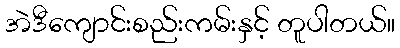
အဲဒီကျောင်းစည်းကမ်းနှင့် တူပါတယ်။